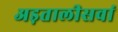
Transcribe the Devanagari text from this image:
अड़तालीसवां